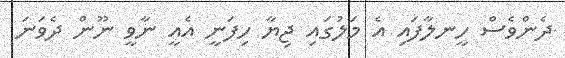
ދެންވެސް ހީނލާފައި އެ މަލުގައި ޖިޔާ ހިފަނީ އެއީ ނާވީ ނޫން ދެވަނަ